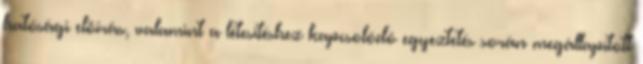
hatósági elõírás, valamint a létesítéshez kapcsolódó egyeztetés során megállapított